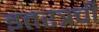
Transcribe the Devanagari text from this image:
इतरत्रची